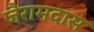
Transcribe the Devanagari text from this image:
जैरामदास